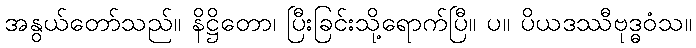
အနွယ်တော်သည်။ နိဋ္ဌိတော၊ ပြီးခြင်းသို့ရောက်ပြီ။ ပ။ ပိယဒဿီဗုဒ္ဓဝံသ။